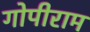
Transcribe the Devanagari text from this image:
गोपीराम